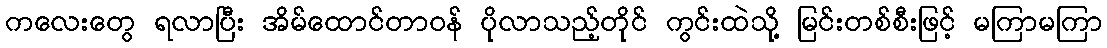
ကလေးတွေ ရလာပြီး အိမ်ထောင်တာဝန် ပိုလာသည့်တိုင် ကွင်းထဲသို့ မြင်းတစ်စီးဖြင့် မကြာမကြာ